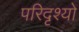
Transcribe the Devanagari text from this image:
परिदृश्‍यो